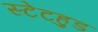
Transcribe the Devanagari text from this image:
स्टेटहुड